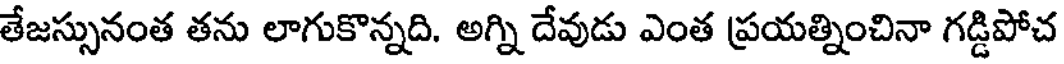
తేజస్సునంత తను లాగుకొన్నది. అగ్ని దేవుడు ఎంత ప్రయత్నించినా గడ్డిపోచ